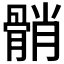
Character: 𩩓